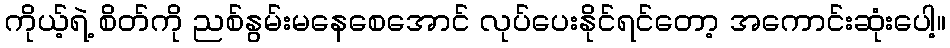
ကိုယ့်ရဲ့ စိတ်ကို ညစ်နွမ်းမနေစေအောင် လုပ်ပေးနိုင်ရင်တော့ အကောင်းဆုံးပေါ့။